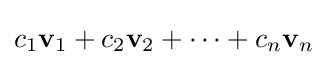
c_{1}\mathbf {v} _{1}+c_{2}\mathbf {v} _{2}+\cdots +c_{n}\mathbf {v} _{n}